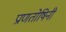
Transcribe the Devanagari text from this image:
प्राणतोषिनी